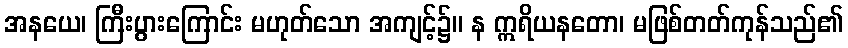
အနယေ၊ ကြီးပွားကြောင်း မဟုတ်သော အကျင့်၌။ န ဣရိယနတော၊ မဖြစ်တတ်ကုန်သည်၏